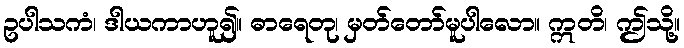
ဥပါသကံ၊ ဒါယကာဟူ၍။ ဓာရေတု၊ မှတ်တော်မူပါလော။ ဣတိ၊ ဤသို့။